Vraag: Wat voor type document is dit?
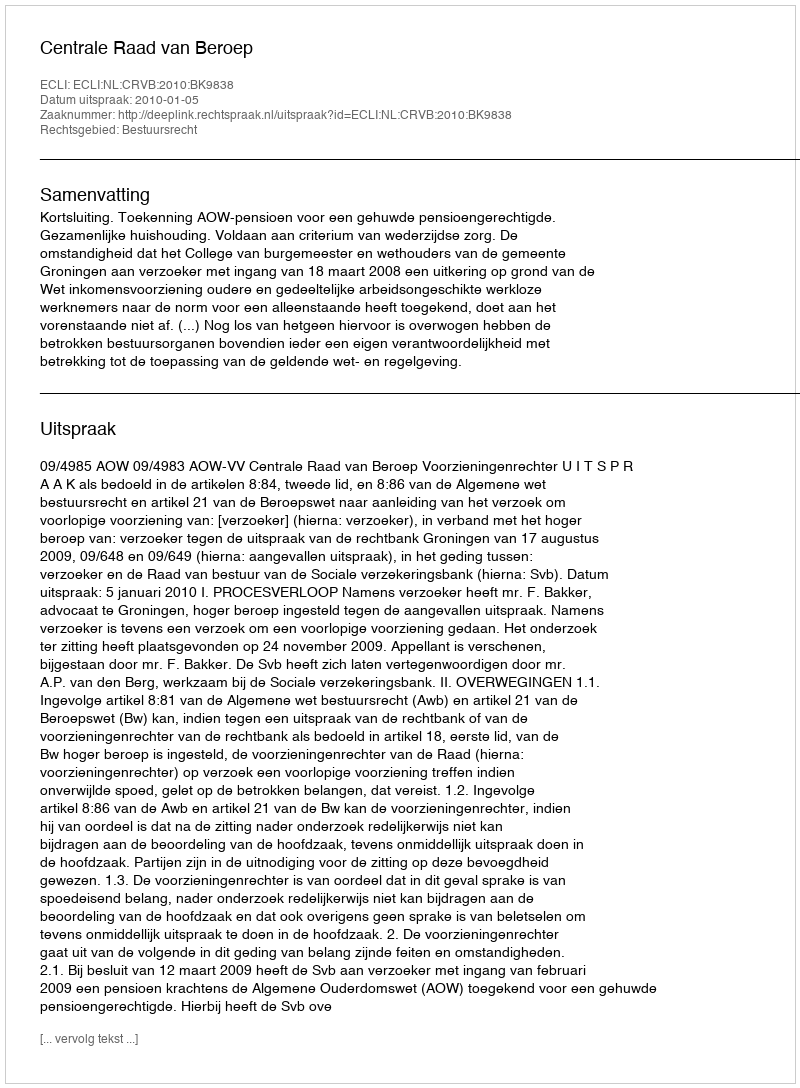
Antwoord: Uitspraak